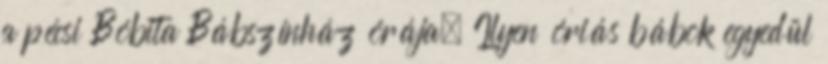
a pécsi Bóbita Bábszínház órája. Ilyen óriás bábok egyedül